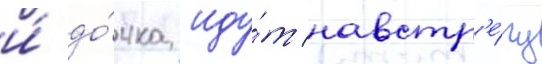
и́ до́чка иду́т навстр'е́чу